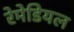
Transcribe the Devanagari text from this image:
रेमेडियल